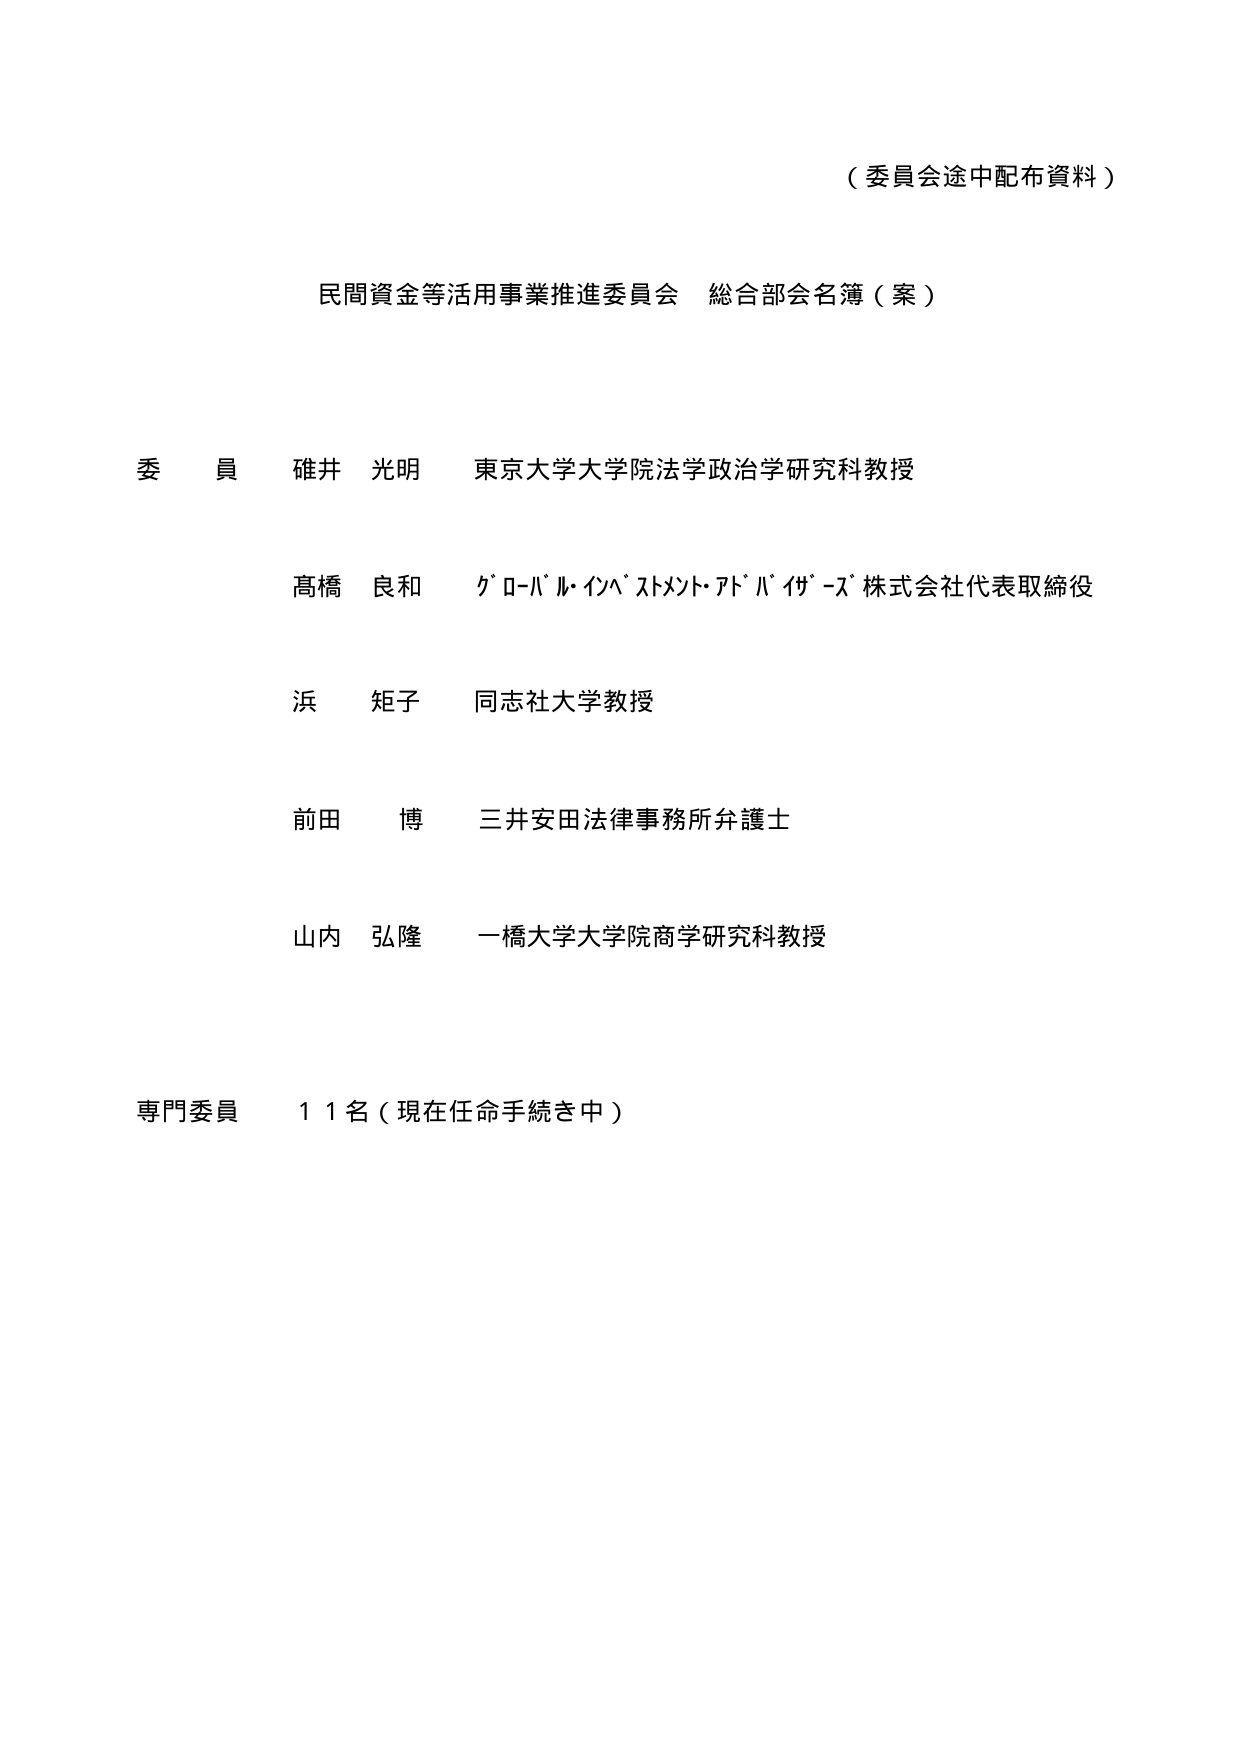
（委員会途中配布資料）

民間資金等活用事業推進委員会 総合部会名簿（案）

委員 碓井 光明 東京大学大学院法学政治学研究科教授

髙橋 良和 グローバル・インベストメント・アドバイザーズ株式会社代表取締役

浜 矩子 同志社大学教授

前田 博 三井安田法律事務所弁護士

山内 弘隆 一橋大学大学院商学研究科教授

専門委員 11名（現在任命手続き中）